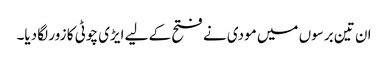
ان تین برسوں میں مودی نے فتح کے لیے ایڑی چوٹی کا زور لگا دیا۔